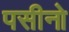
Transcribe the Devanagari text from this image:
पसीनो